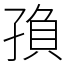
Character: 𡥼